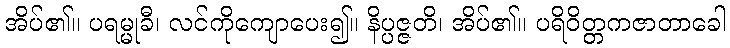
အိပ်၏။ ပရမ္မုခီ၊ လင်ကိုကျောပေး၍။ နိပ္ပဇ္ဇတိ၊ အိပ်၏။ ပရိဝိတ္တကဇာတာခေါ